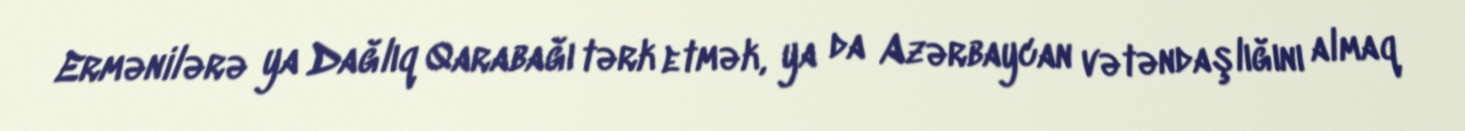
Ermənilərə ya Dağlıq Qarabağı tərk etmək, ya da Azərbaycan vətəndaşlığını almaq